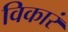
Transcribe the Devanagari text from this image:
विकारं